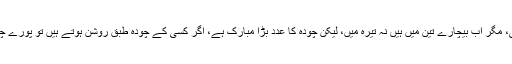
مسلمانوں نے تیرہ سو سال حکومت کی، مگر اب بیچارے تین میں ہیں نہ تیرہ میں، لیکن چودہ کا عدد بڑا مبارک ہے، اگر کسی کے چودہ طبق روشن ہوتے ہیں تو پورے چودہ ہوتے ہیں، سوا تیرہ نہ پونے چودہ۔